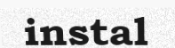
instal